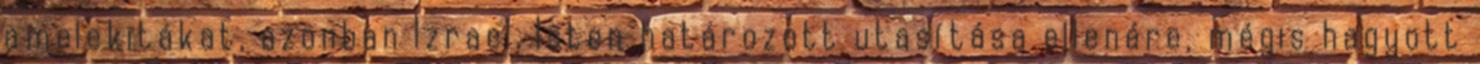
amelekitákat, azonban Izrael, Isten határozott utasítása ellenére, mégis hagyott